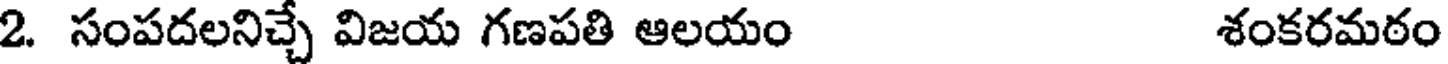
2. సంపదలనిచ్చే విజయ గణపతి ఆలయం శంకరమఠం